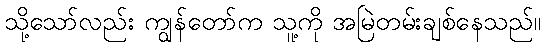
သို့သော်လည်း ကျွန်တော်က သူ့ကို အမြဲတမ်းချစ်နေသည်။